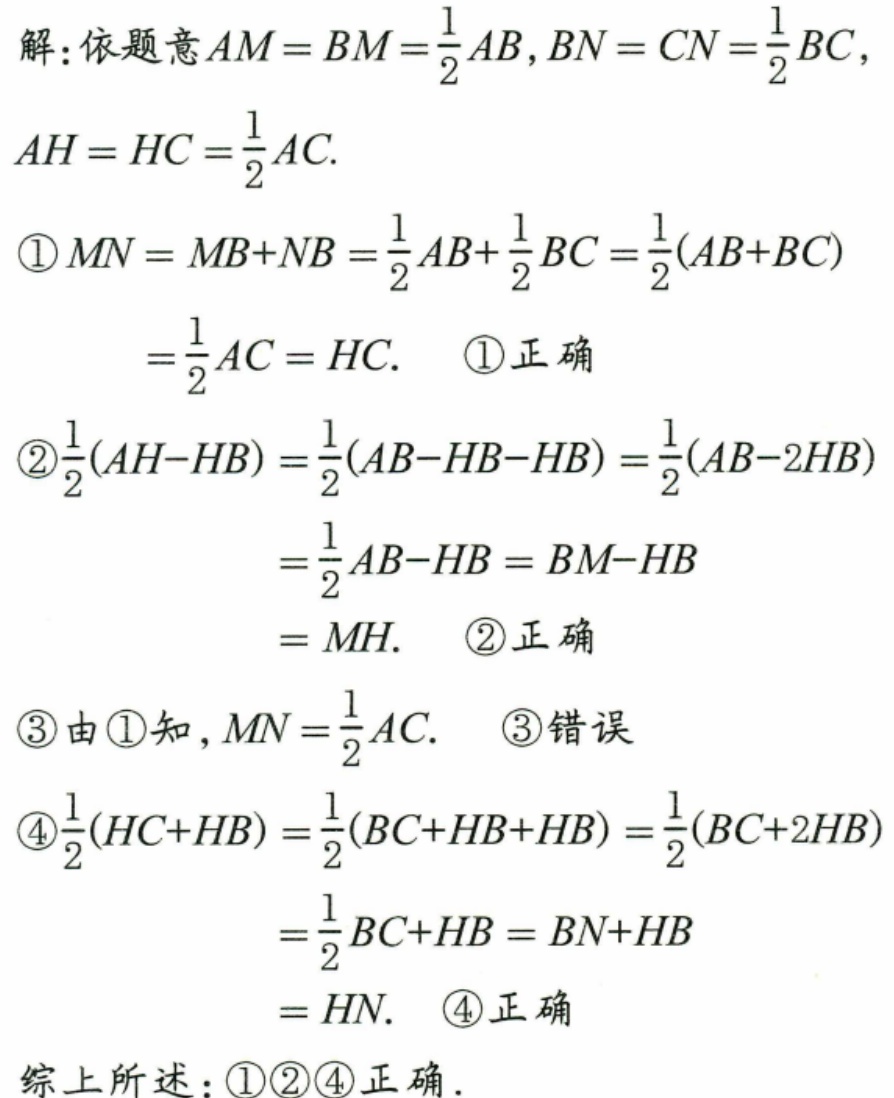
解：依题意 \(AM = BM=\dfrac{1}{2}AB\)，\(BN = CN=\dfrac{1}{2}BC\)，
\(AH = HC=\dfrac{1}{2}AC\).
\textcircled{1} \(MN = MB + NB=\dfrac{1}{2}AB+\dfrac{1}{2}BC=\dfrac{1}{2}(AB + BC)\)
\(=\dfrac{1}{2}AC = HC\). \textcircled{1}正确
\textcircled{2}\(\dfrac{1}{2}(AH - HB)=\dfrac{1}{2}(AB - HB - HB)=\dfrac{1}{2}(AB - 2HB)\)
\(=\dfrac{1}{2}AB - HB = BM - HB\)
\(= MH\). \textcircled{2}正确
\textcircled{3}由\textcircled{1}知，\(MN=\dfrac{1}{2}AC\). \textcircled{3}错误
\textcircled{4}\(\dfrac{1}{2}(HC + HB)=\dfrac{1}{2}(BC + HB + HB)=\dfrac{1}{2}(BC + 2HB)\)
\(=\dfrac{1}{2}BC + HB = BN + HB\)
\(= HN\). \textcircled{4}正确
综上所述：\textcircled{1}\textcircled{2}\textcircled{4}正确．